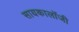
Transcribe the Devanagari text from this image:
सायकालॉजी